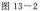
图13-2